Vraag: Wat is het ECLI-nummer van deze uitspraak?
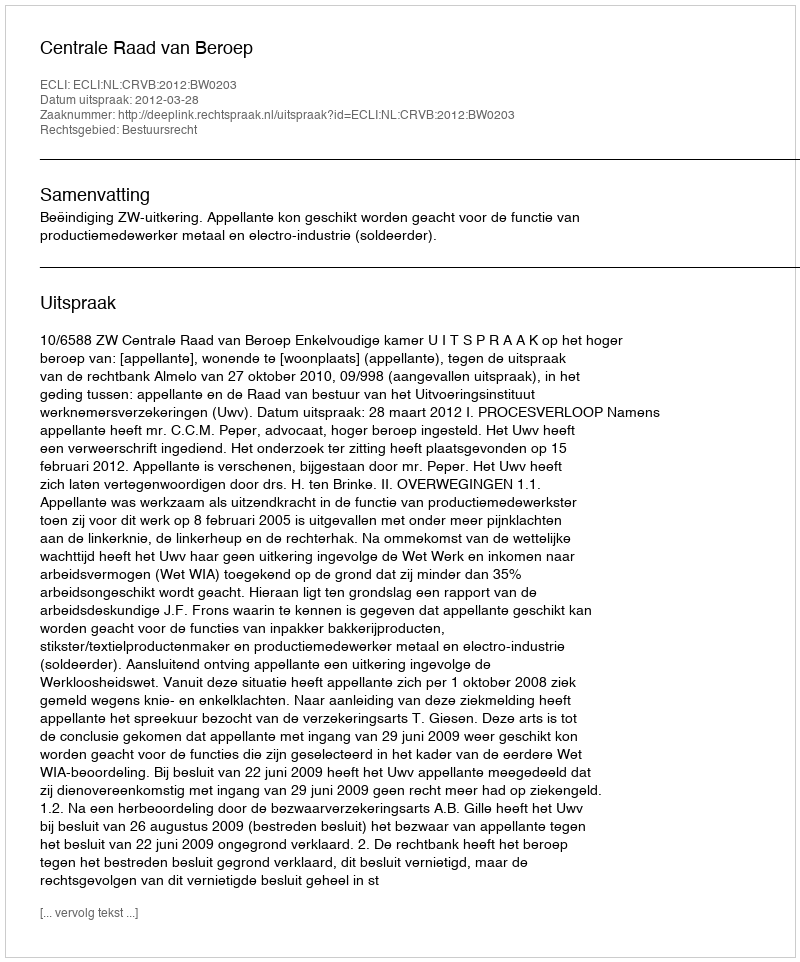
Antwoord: ECLI:NL:CRVB:2012:BW0203